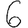
Digit: 6